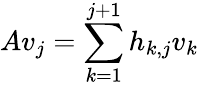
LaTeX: Av_{j}=\sum_{k=1}^{j+1}h_{k,j}v_{k}